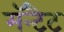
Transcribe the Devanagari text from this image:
मॅन्टैट